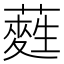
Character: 𮒂